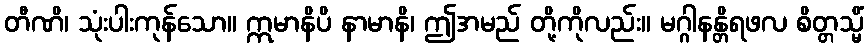
တီဏိ၊ သုံးပါးကုန်သော။ ဣမာနိပိ နာမာနိ၊ ဤအမည် တို့ကိုလည်း။ မဂ္ဂါနန္တိရဖလ စိတ္တသ္မိံ